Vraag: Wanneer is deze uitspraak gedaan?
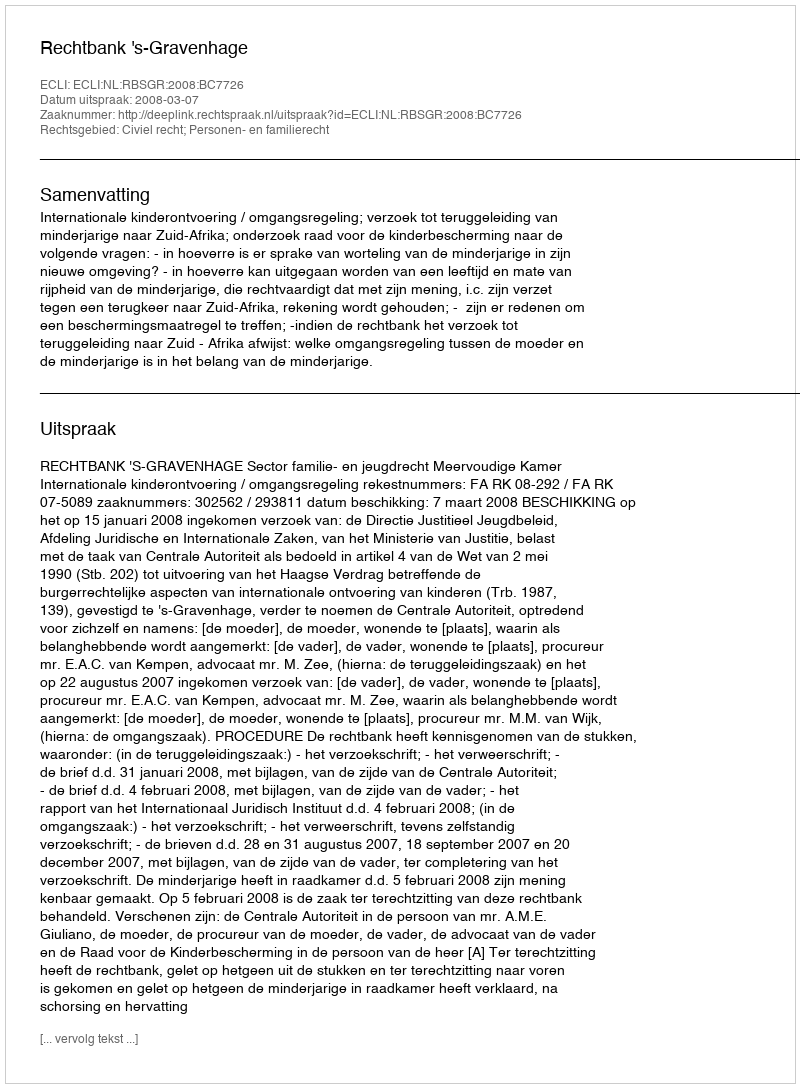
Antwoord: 2008-03-07